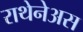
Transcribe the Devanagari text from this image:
राथेनेअस